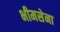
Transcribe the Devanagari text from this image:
भीमसेना